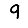
Digit: 9